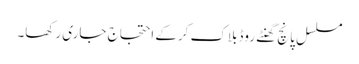
مسلسل پانچ گھنٹے روڈبلاک کرکے احتجاج جاری رکھا۔